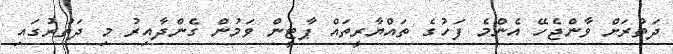
ދަތުރަށް ވާންޖެހޭ އެންމެ ފަހުގެ ތައްޔާރީތައް ޕާޓީން ވަމުން ގެންދާއިރު މި ދަތުރުގައި